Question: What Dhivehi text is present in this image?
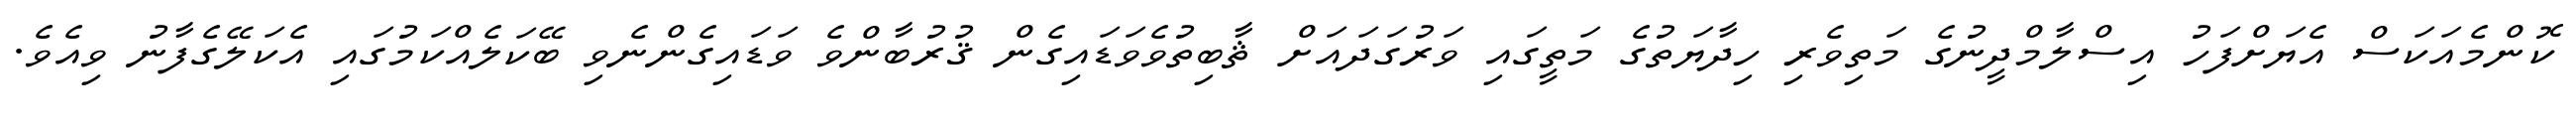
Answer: ކޮންމެއަކަސް އެޔަށްފަހު އިސްލާމްދީނުގެ މަތިވެރި ހިދާޔަތުގެ މަތީގައި ވަރުގަދައަށް ޘާބިތުވެވަޑައިގެން ޤުރުބާންވެ ވަޑައިގެންނެވި ބޭކަލެއްކަމުގައި އެކަލޭގެފާނު ވިއެވެ.